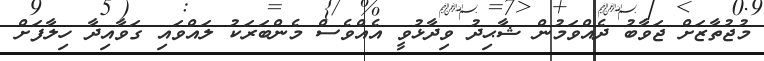
މުޖުތާޒަށް ޖަވާބު ދެއްވަމުން ޝާޙިދު ވިދާޅުވީ އެއްވެސް މެންބަރަކު ލައްވައި ގަވާއިދާ ހިލާފަށް